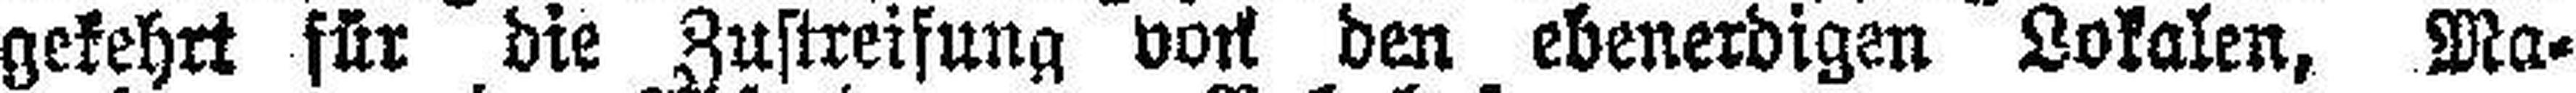
gekehrt für die Zustreifung dort den ebenerdigen Lokalen, Ma¬